Indian journal of veterinary science and animal husbandry - Volume 13,
Year: 1943
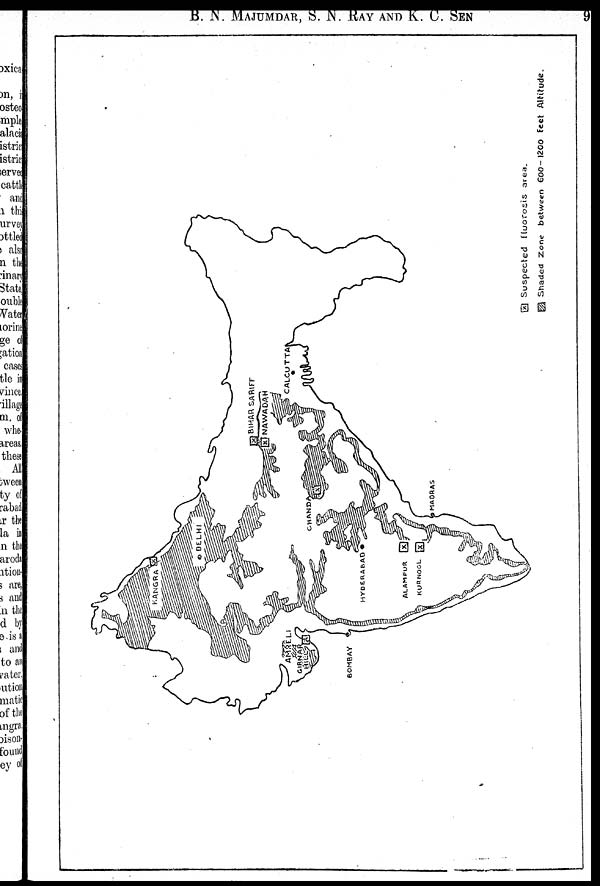
B. N. MAJUMDAR, S. N. RAY AND K. C.
SEN
9